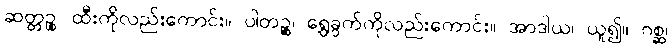
ဆတ္တဉ္စ၊ ထီးကိုလည်းကောင်း။ ပါတဉ္စ၊ ရွှေခွက်ကိုလည်းကောင်း။ အာဒါယ၊ ယူ၍။ ဂစ္ဆ၊